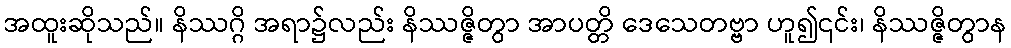
အထူးဆိုသည်။ နိဿဂ္ဂိ အရာ၌လည်း နိဿဇ္ဇိတွာ အာပတ္တိ ဒေသေတဗ္ဗာ ဟူ၍၎င်း၊ နိဿဇ္ဇိတွာန